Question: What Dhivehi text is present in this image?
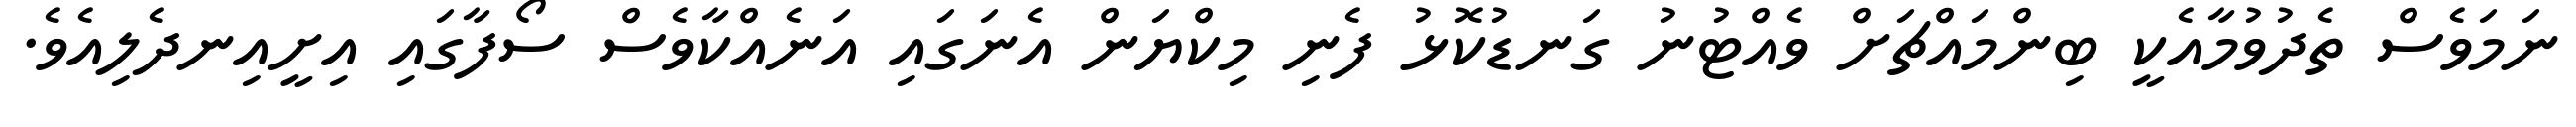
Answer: ނަމަވެސް ތެދުވުމާއެކީ ބިންމައްޗަށް ވެއްޓުނު ގަނޑުކޮޅު ފެނި މިކްޔަން އެނަގައި އަނެއްކާވެސް ސޯފާގައި އިށީއިނދެލިއެވެ.